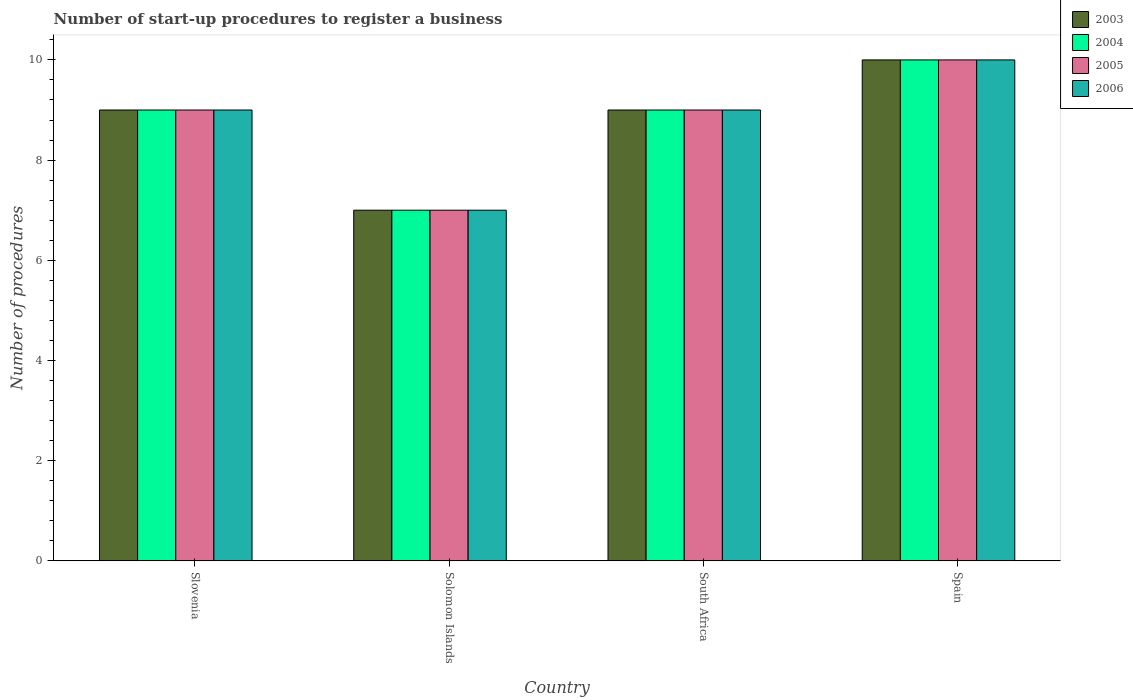
| Country | 2003 | 2004 | 2005 | 2006 |
 | --- | --- | --- | --- | --- |
 | Slovenia | 9 | 9 | 9 | 9 |
 | Solomon Islands | 7 | 7 | 7 | 7 |
 | South Africa | 9 | 9 | 9 | 9 |
 | Spain | 10 | 10 | 10 | 10 |